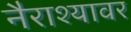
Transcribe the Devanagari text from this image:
नैराश्यावर